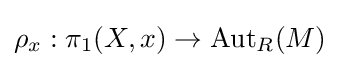
\rho _{x}:\pi _{1}(X,x)\to {\text{Aut}}_{R}(M)